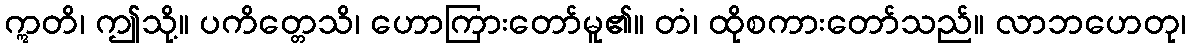
ဣတိ၊ ဤသို့။ ပကိတ္တေသိ၊ ဟောကြားတော်မူ၏။ တံ၊ ထိုစကားတော်သည်။ လာဘဟေတု၊